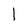
Character: l